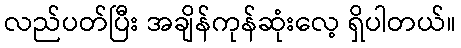
လည်ပတ်ပြီး အချိန်ကုန်ဆုံးလေ့ ရှိပါတယ်။